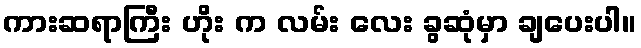
ကားဆရာကြီး ဟိုး က လမ်း လေး ခွဆုံမှာ ချပေးပါ။